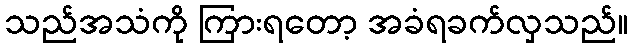
သည်အသံကို ကြားရတော့ အခံရခက်လှသည်။